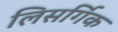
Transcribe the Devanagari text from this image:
लिसर्गिक